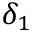
\delta _ { 1 }